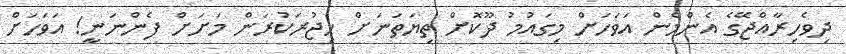
ދިވެހިރާއްޖޭގެ އެންމެން އަވަހަށް މިގައުމު ދޫކޮށް ތިޔަތަނަށް ހިޖުރަކުރަން މަށަށް ފެންނަނީ! އަވަހަށް